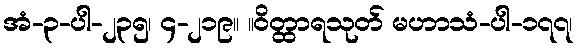
အံ-၃-ပါ-၂၃၅၊ ၄-၂၁၉။ ။ဝိတ္ထာရသုတ် မဟာသံ-ပါ-၁၇၇၊